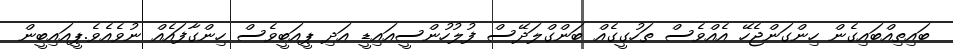
ބައިތިއްބައިގެން ހިންގަންޖެހޭ އެއްވެސް ތަހުގީގެއް ބަންގްލަދޭސް ފުލުހުންސީއައިޑީ އަދި ޕީއަބީވެސް ހިންގާފައެއް ނުވެއެވެ.ޕީއައިބީން